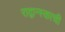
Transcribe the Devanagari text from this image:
राद्वान्स्काची